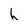
Character: h